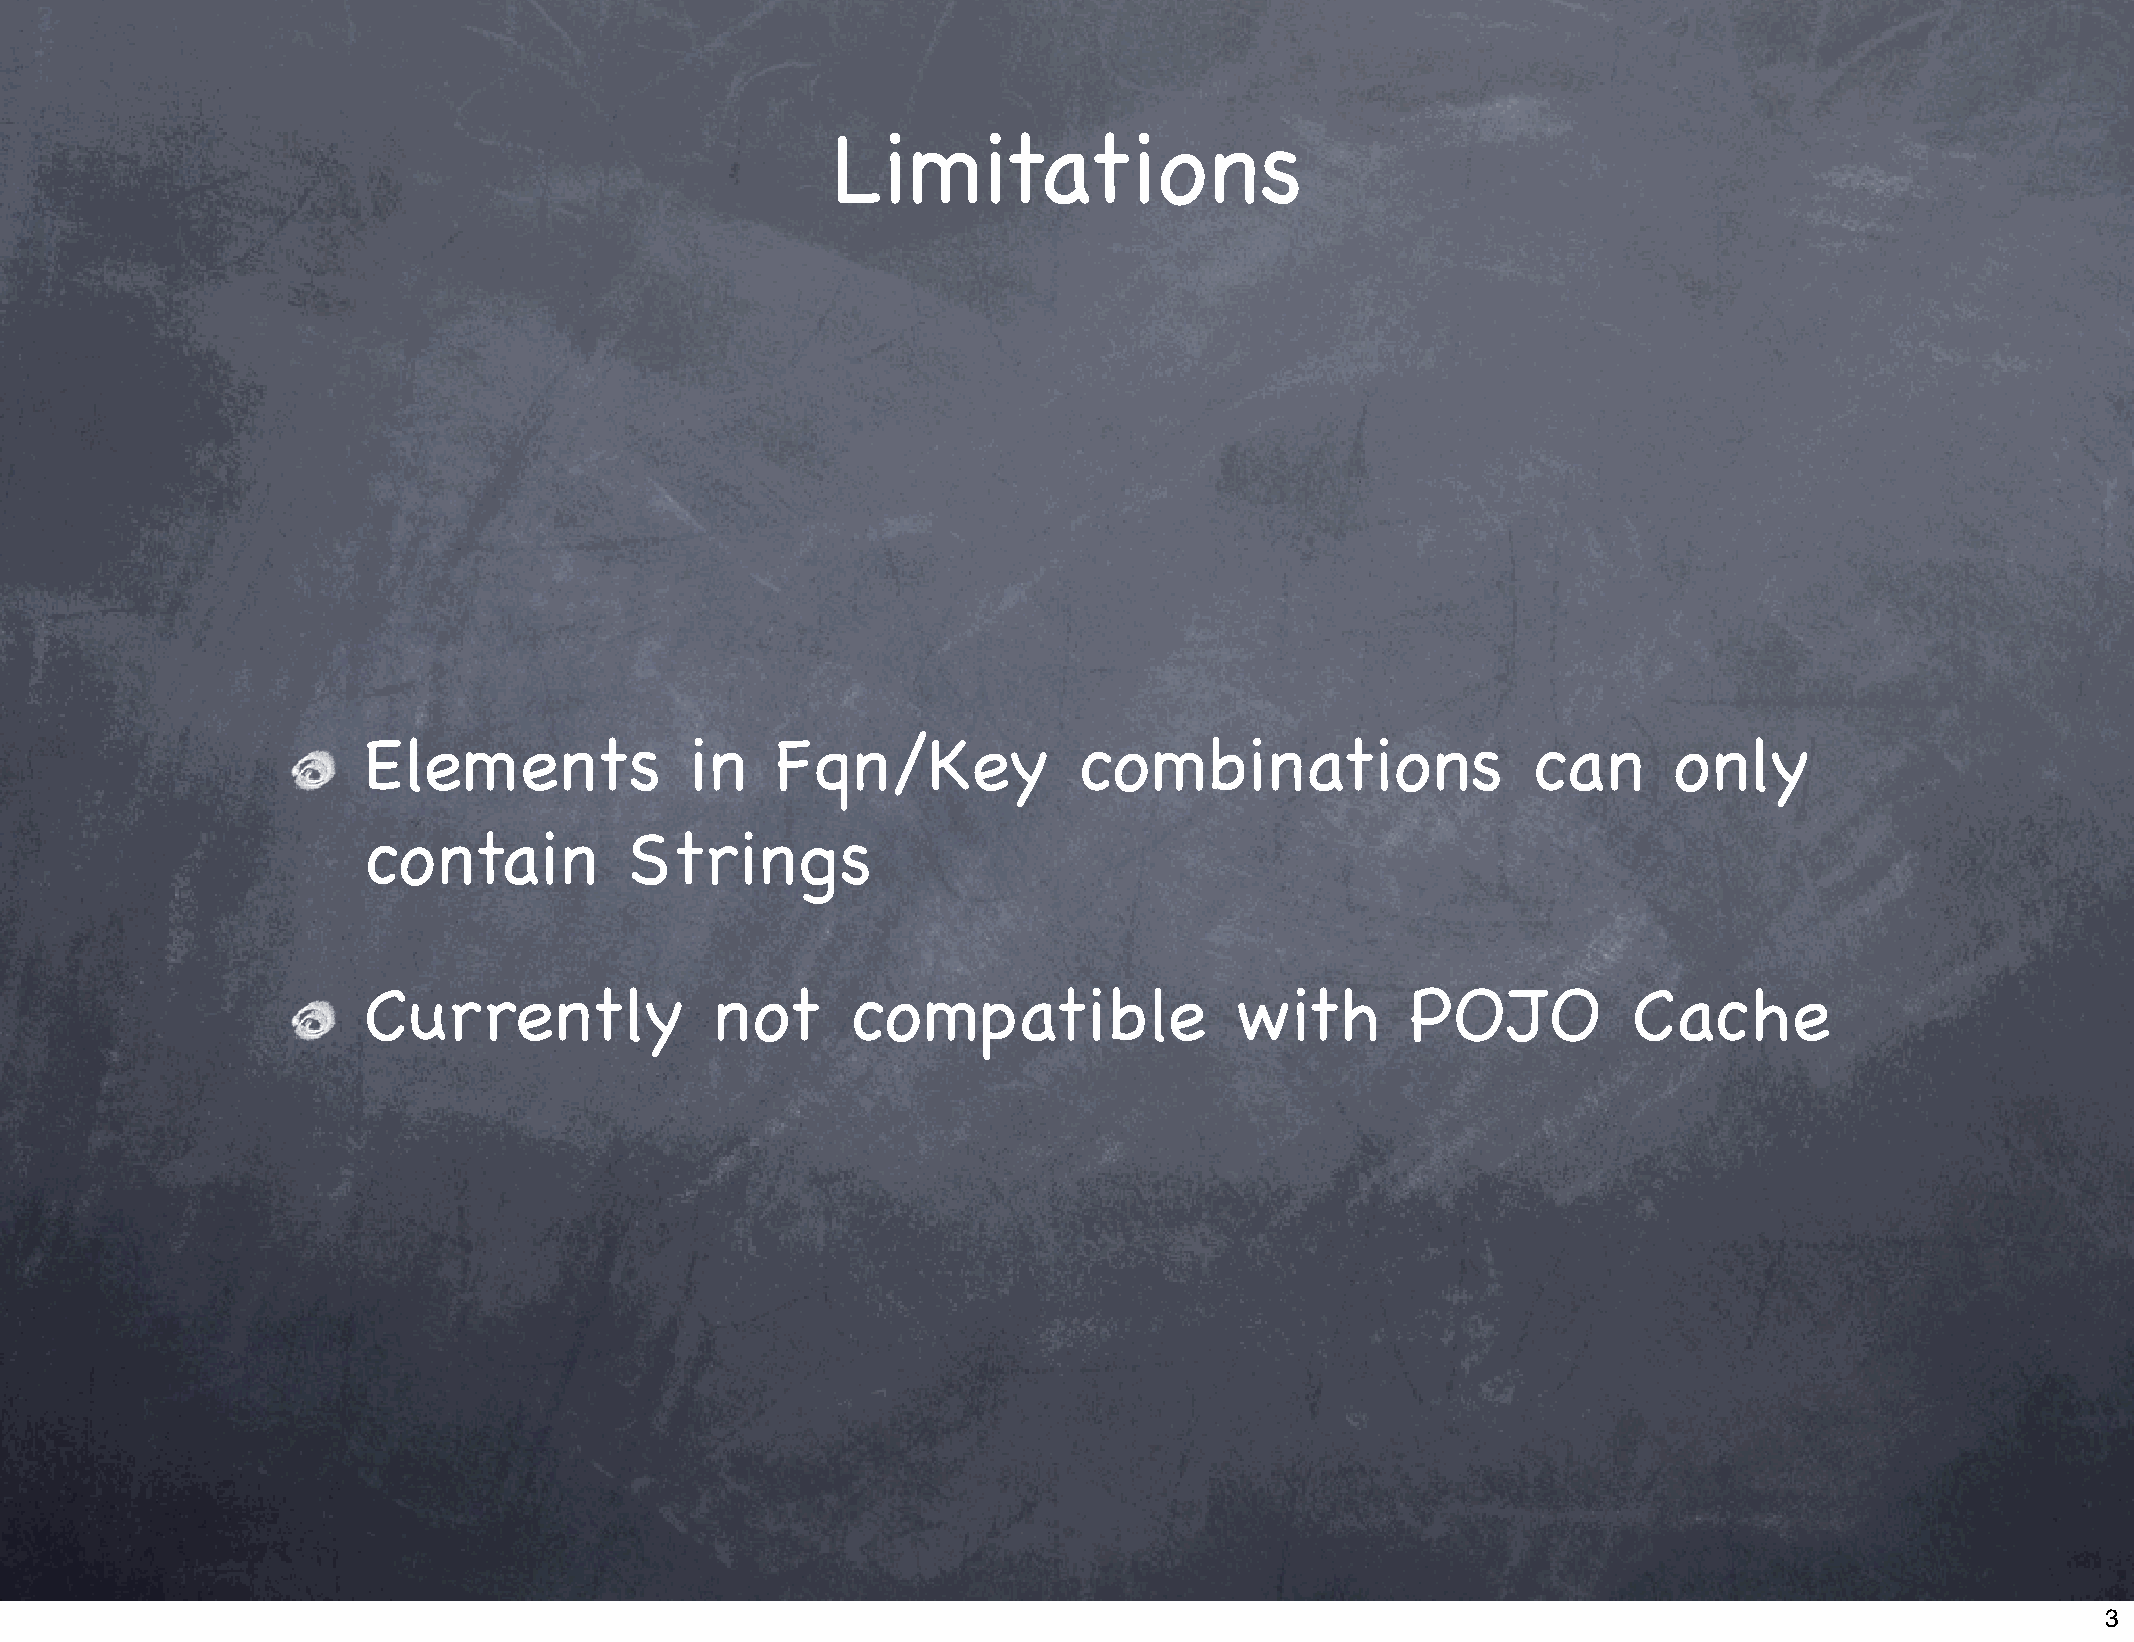
Limitations
 Elements              in   Fqn/Key             combinations                  can       only
 contain          Strings
 Currently              not      compatible                with       POJO           Cache
 3